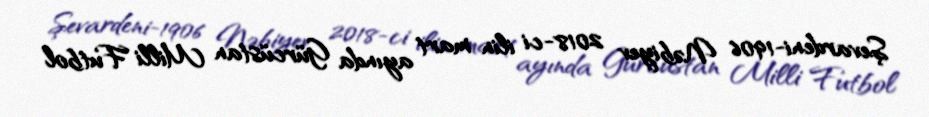
Şevardeni-1906 Nəbiyev 2018-ci ilin mart ayında Gürcüstan Milli Futbol